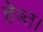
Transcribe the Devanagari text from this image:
हेब्त।